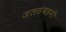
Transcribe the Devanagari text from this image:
जलसंवहनी